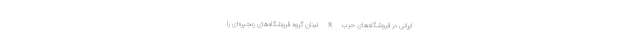
ایرانی در فروشگاه‌های حزب الله لبنان گروه فروشگاه‌های زنجیره‌ای را